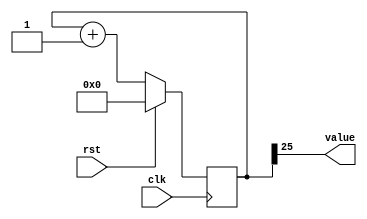
/*
   This file was generated automatically by the Mojo IDE version B1.3.3.
   Do not edit this file directly. Instead edit the original Lucid source.
   This is a temporary file and any changes made to it will be destroyed.
*/

/*
   Parameters:
     SIZE = 1
     DIV = 25
     TOP = 0
     UP = 1
*/
module counter_2 (
    input clk,
    input rst,
    output reg [0:0] value
  );
  
  localparam SIZE = 1'h1;
  localparam DIV = 5'h19;
  localparam TOP = 1'h0;
  localparam UP = 1'h1;
  
  
  reg [25:0] M_ctr_d, M_ctr_q = 1'h0;
  
  localparam MAX_VALUE = 26'h1ffffff;
  
  always @* begin
    M_ctr_d = M_ctr_q;
    
    value = M_ctr_q[25+0-:1];
    if (1'h1) begin
      M_ctr_d = M_ctr_q + 1'h1;
      if (1'h0 && M_ctr_q == 26'h1ffffff) begin
        M_ctr_d = 1'h0;
      end
    end else begin
      M_ctr_d = M_ctr_q - 1'h1;
      if (1'h0 && M_ctr_q == 1'h0) begin
        M_ctr_d = 26'h1ffffff;
      end
    end
  end
  
  always @(posedge clk) begin
    if (rst == 1'b1) begin
      M_ctr_q <= 1'h0;
    end else begin
      M_ctr_q <= M_ctr_d;
    end
  end
  
endmodule